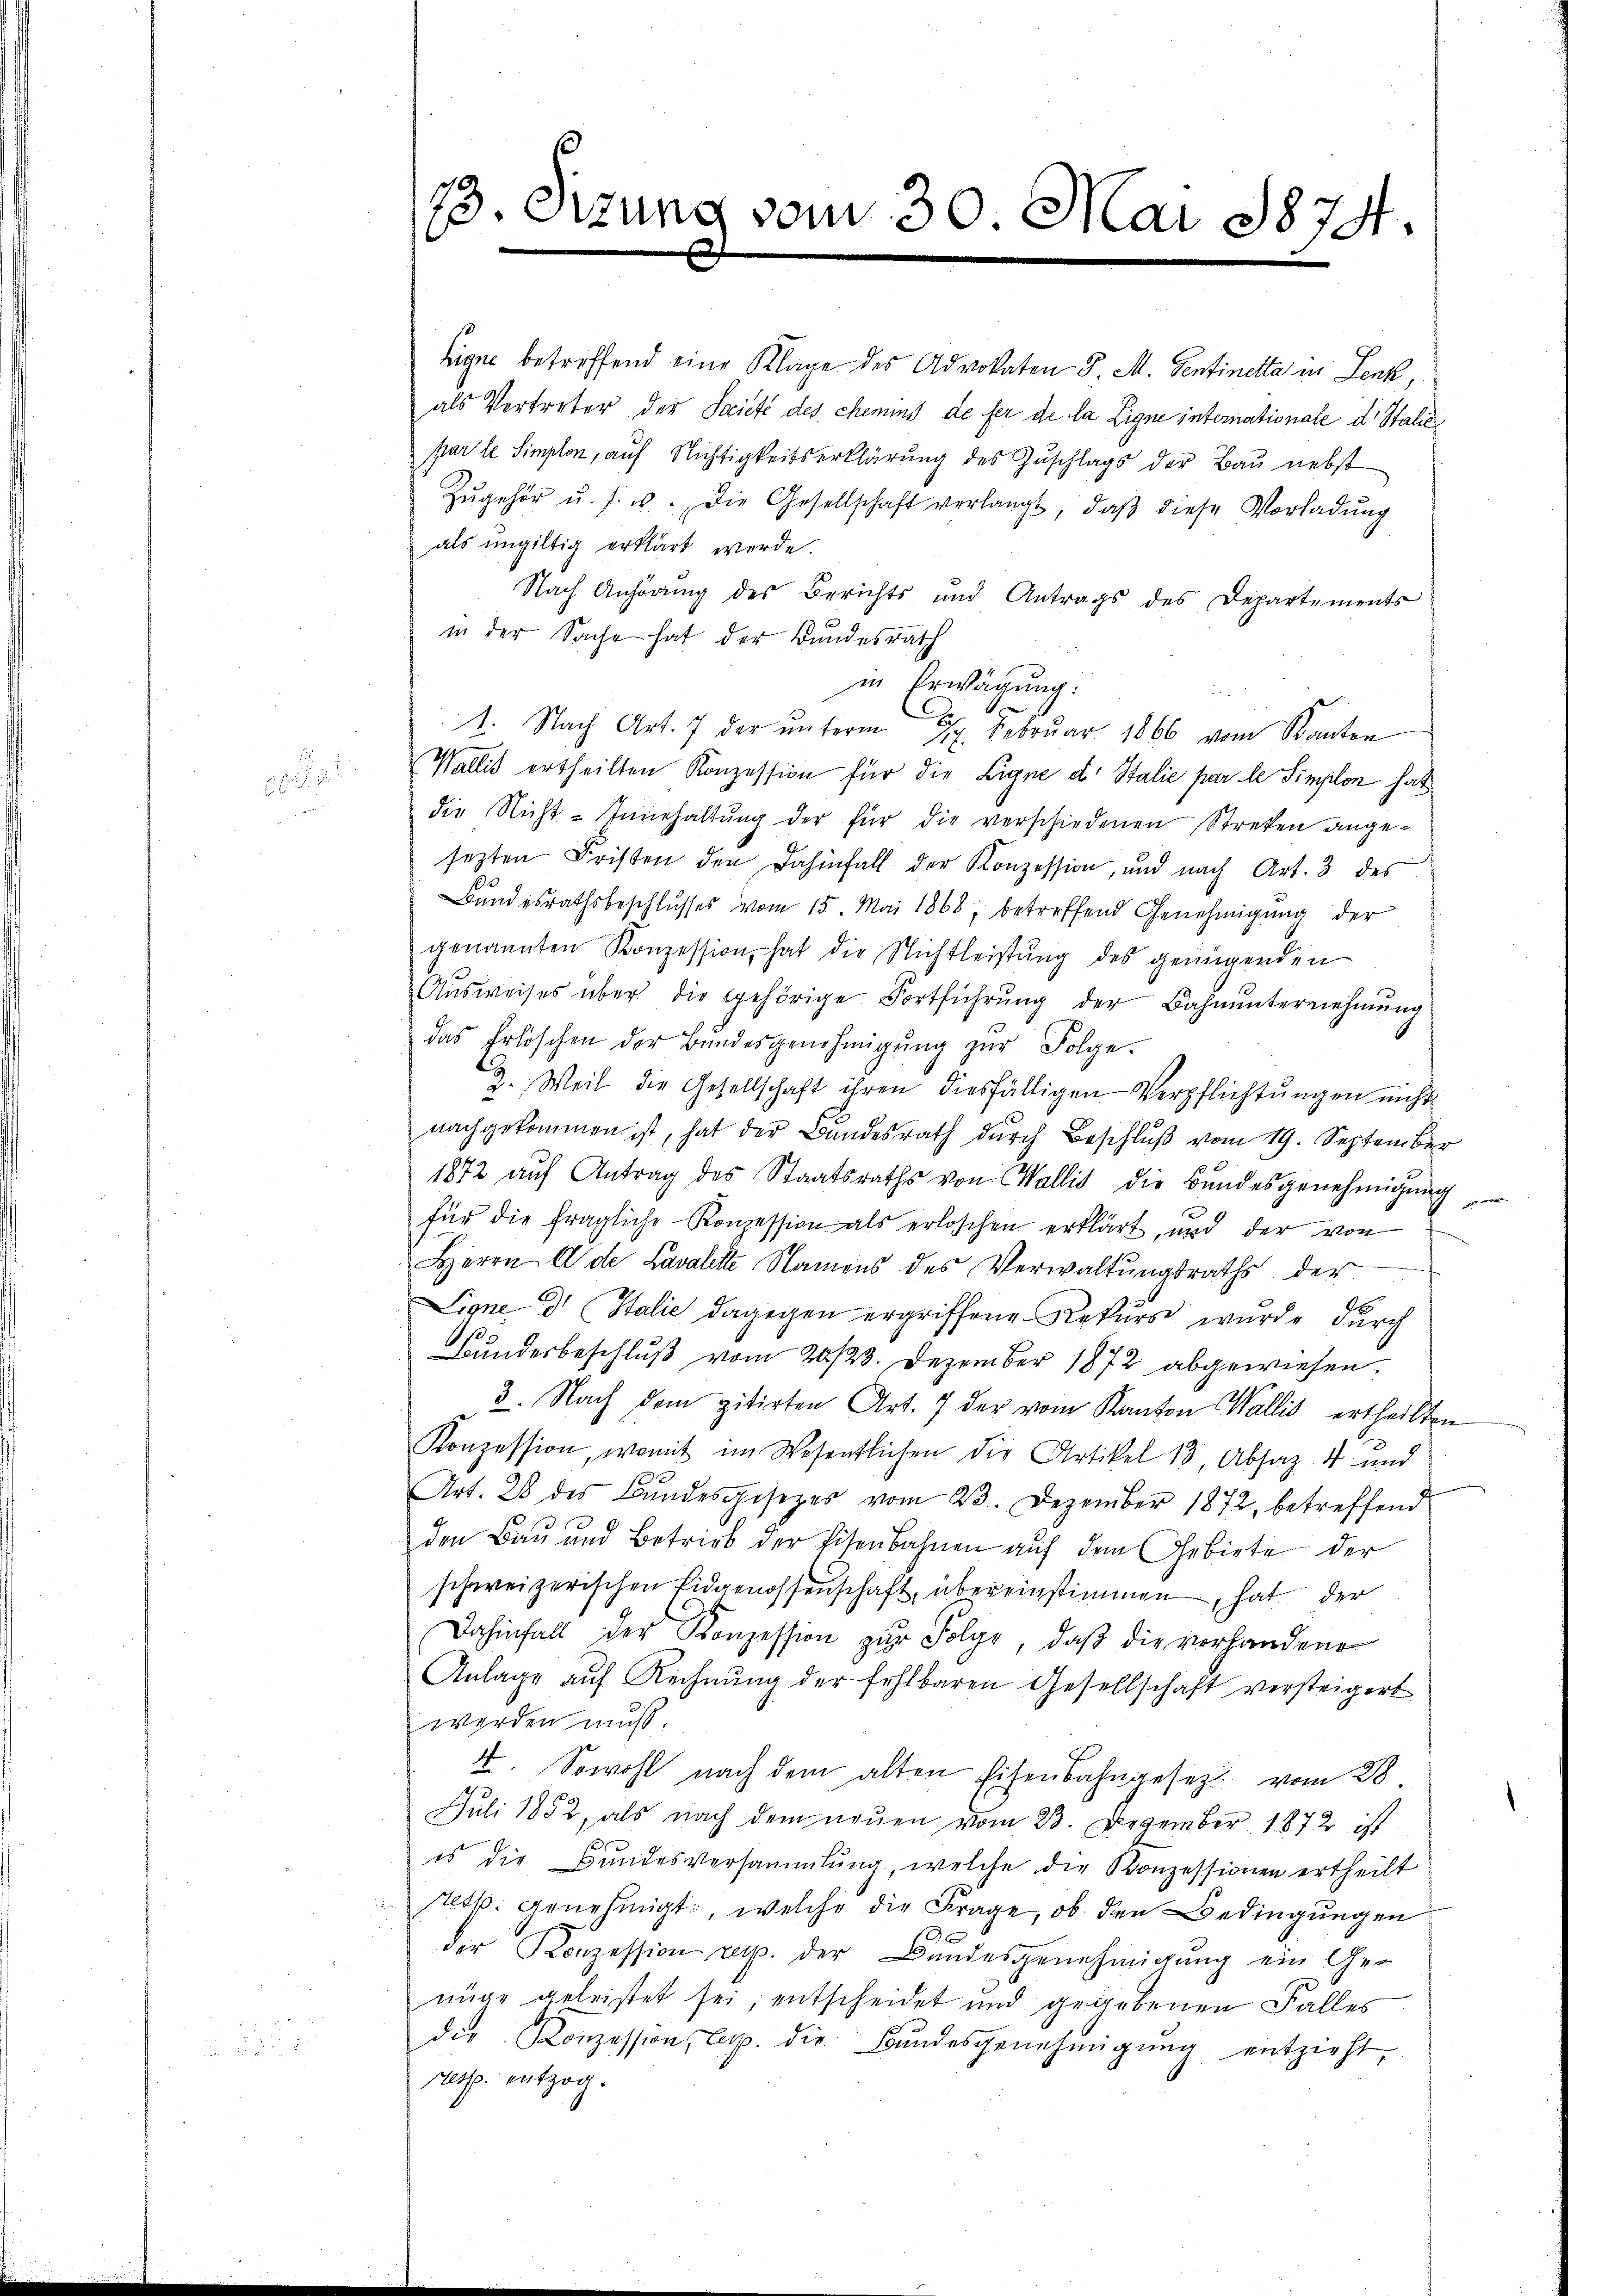
Eigen betreffend eine Klage des Advokaten 8 M. Sentinetta in Lenk,
als Vertreter der Societe des chemins de fer de la Ligne internationale d. Stalie
par le Simplon, auf Nichtigkeitserklärung des Zuschlags der Bau nebst
Zŭgehör u. s. u. die Gesellschaft verlangt, daβ diese Vorladŭng
als ungültig erklärt werde.
Nach Anhörung des Berichts und Antrags des Departements
in der Sache hat der Bundesrath
in Erwägung:
1. Nach Art. 7 der ŭnterm 27. Febrŭar 1866 vom Kanton
Wallis ertheilten Konzession für die Eigne d. Stalie par le Simplon hat
die Nicht- Innehaltŭng der für die verschiedenen Streken angesezten Fristen den dahinfall der Konzession, und nach Art. 3 des
Bundesrathsbeschlusses vom 15. Mai 1868, betreffend Genehmigung der
genannten Konzession, hat die Nichtleistŭng des genügenden
Aŭsweises über die gehörige Fortführŭng der Bahnŭnternehmung
das Erlöschen der Bŭndesgenehmigŭng zŭr Folge.
2. Weil die Gesellschaft ihren diesfälligen Verpflichtungen nicht
nachgekommen ist, hat der Bundesrath durch Beschluß vom 19. September
1872 aŭf Antrag des Staatsraths von Wallis die Bŭndesgenehmigŭng
für die fragliche Konzession als erloschen erklärt, und der von
Herrn Ade Lavalette Namens des Verwaltŭngsraths der
Signe d Italić dagegen ergriffene Rekurse wurde durch
Bundesbeschluß vom 20./23. Dezember 1872 abgewiesen.
3. Nach dem zitirten Art. 7 der vom Kanton Wallis ertheilten
Konzession, womit im Wesentlichen die Artikel 13, Absatz 4 und
Art. 28 des Bundesgesezes vom 23. Dezember 1872, betreffend
den Bau und Betrieb der Eisenbahnen aŭf dem Gebiete der
schweizerischen Eidgenossenschaft, übereinstimmen, hat der
Dahinfall der Konzession zŭr Folge, daβ die vorhandene
Anlage auf Rechnung der fehlbaren Gesellschaft versteigert
werden muß
4. Sowohl nach dem alten Eisenbahngesezt vom 28.
Juli 1852, als nach dem neŭen vom 23. Dezember 1872 ist
es die Bundesversammlung, welche die Konzessionen ertheilt
resp. genehmigt, welche die Frage, ob den Bedingungen
der Konzession resp. der Bundesgenehmigung ein Genüge geleistet sei, entscheidet und gegebenen Falles
die Konzession, lup. die Bundesgenehmigŭng entzieht,
resp. entzog.

13 Sitzung vom 30. Mai 1874.